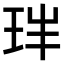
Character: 𤤓